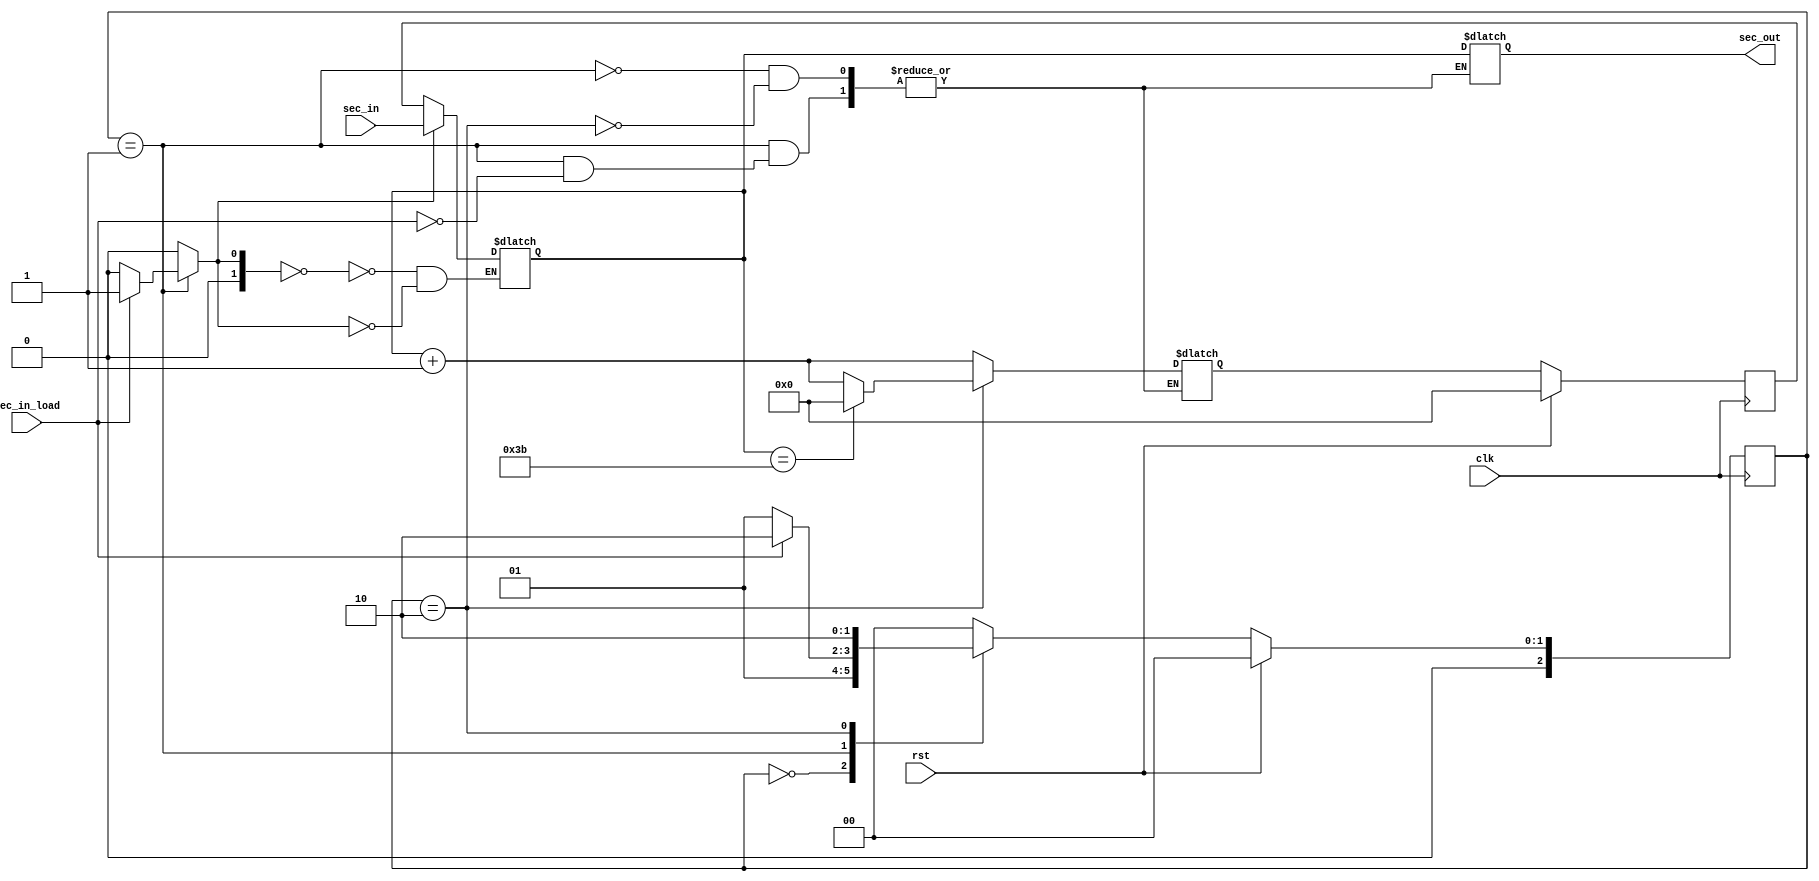
module FSM_second(
	input wire rst,
	input wire clk,
	input wire [5:0] sec_in,
	input wire sec_in_load,
	output reg [5:0] sec_out);
	
	reg  [2:0] ps, ns;
	wire [5:0] sec_data_add;
	reg  [5:0] sec_data;
	reg  [5:0] sec_ps, sec_ns;
	reg  [1:0] sec_sel;
	
	always@(posedge clk)
	begin
		if(rst) ps <= 3'd0;
		else ps <= ns;
	end
	
	always@(posedge clk)
	begin
		if(rst) sec_ps <= 6'd0;
		else sec_ps <= sec_ns;
	end
	
	always@(*)
	begin
		sec_sel = 2'd0;
		case(ps)
			3'd0: begin
				ns = 3'd1;
			end
			3'd1: begin
				if(sec_in_load) begin
					sec_sel = 2'd1;
					sec_out = sec_data;
					ns = 3'd2;
					sec_ns = sec_data_add;
				end
				else ns = 3'd1;
			end
			3'd2: begin
				if(sec_data == 6'd59) begin
					sec_out = sec_data;
					ns = 3'd2;
					sec_ns = 6'd0;
				end
				else begin
					sec_out = sec_data;
					ns = 3'd2;
					sec_ns = sec_data_add;
				end
			end
			default: begin
				ns = 3'd0;
			end
		endcase
	end
	
	assign sec_data_add = sec_data + 1;
	
	always@(*)
	begin
		case(sec_sel)
			2'd0: sec_data = sec_ps;
			2'd1: sec_data = sec_in;
		endcase
	end

endmodule